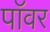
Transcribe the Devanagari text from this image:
पाॅवर